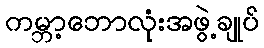
ကမ္ဘာ့ဘောလုံးအဖွဲ့ချုပ်